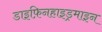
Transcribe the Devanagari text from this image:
डाइफ़िनहाइड्रमाइन